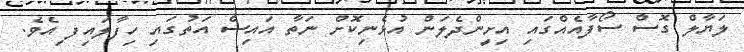
ލަޔާލް ގޮސް ސޯފާއެއްގައި އިށީންދެލަން އުޅެނިކޮށް ނަތާ އައިސް އަތުގައި ހިފާލައިފ ިއެވެ.